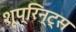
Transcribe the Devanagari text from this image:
शूप्रिन्ट्स